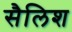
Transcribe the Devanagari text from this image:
सैलिश